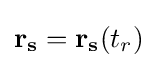
\mathbf {r_{s}} =\mathbf {r_{s}} (t_{r})